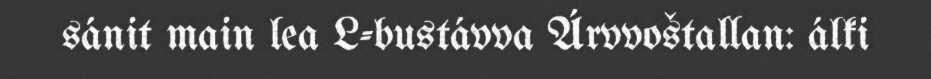
sánit main lea L-bustávva Árvvoštallan: álki